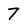
Character: 7